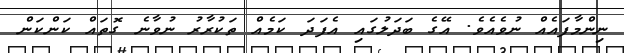
ނިންމާފައެއް ނުވެއެވެ. އޭގެ ބަދަލުގައި އެފަދަ ކަމެއް ތަކުރާރު ނުވާނެ ގޮތައް ކަންކަން